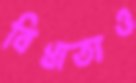
বিধাতাও